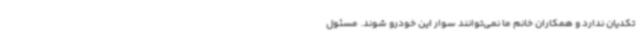
تکدیان ندارد و همکاران خانم ما نمی‌توانند سوار این خودرو شوند. مسئول